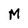
Character: M